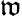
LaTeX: \mathfrak{w}